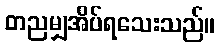
တညမျှအိပ်ရသေးသည်။